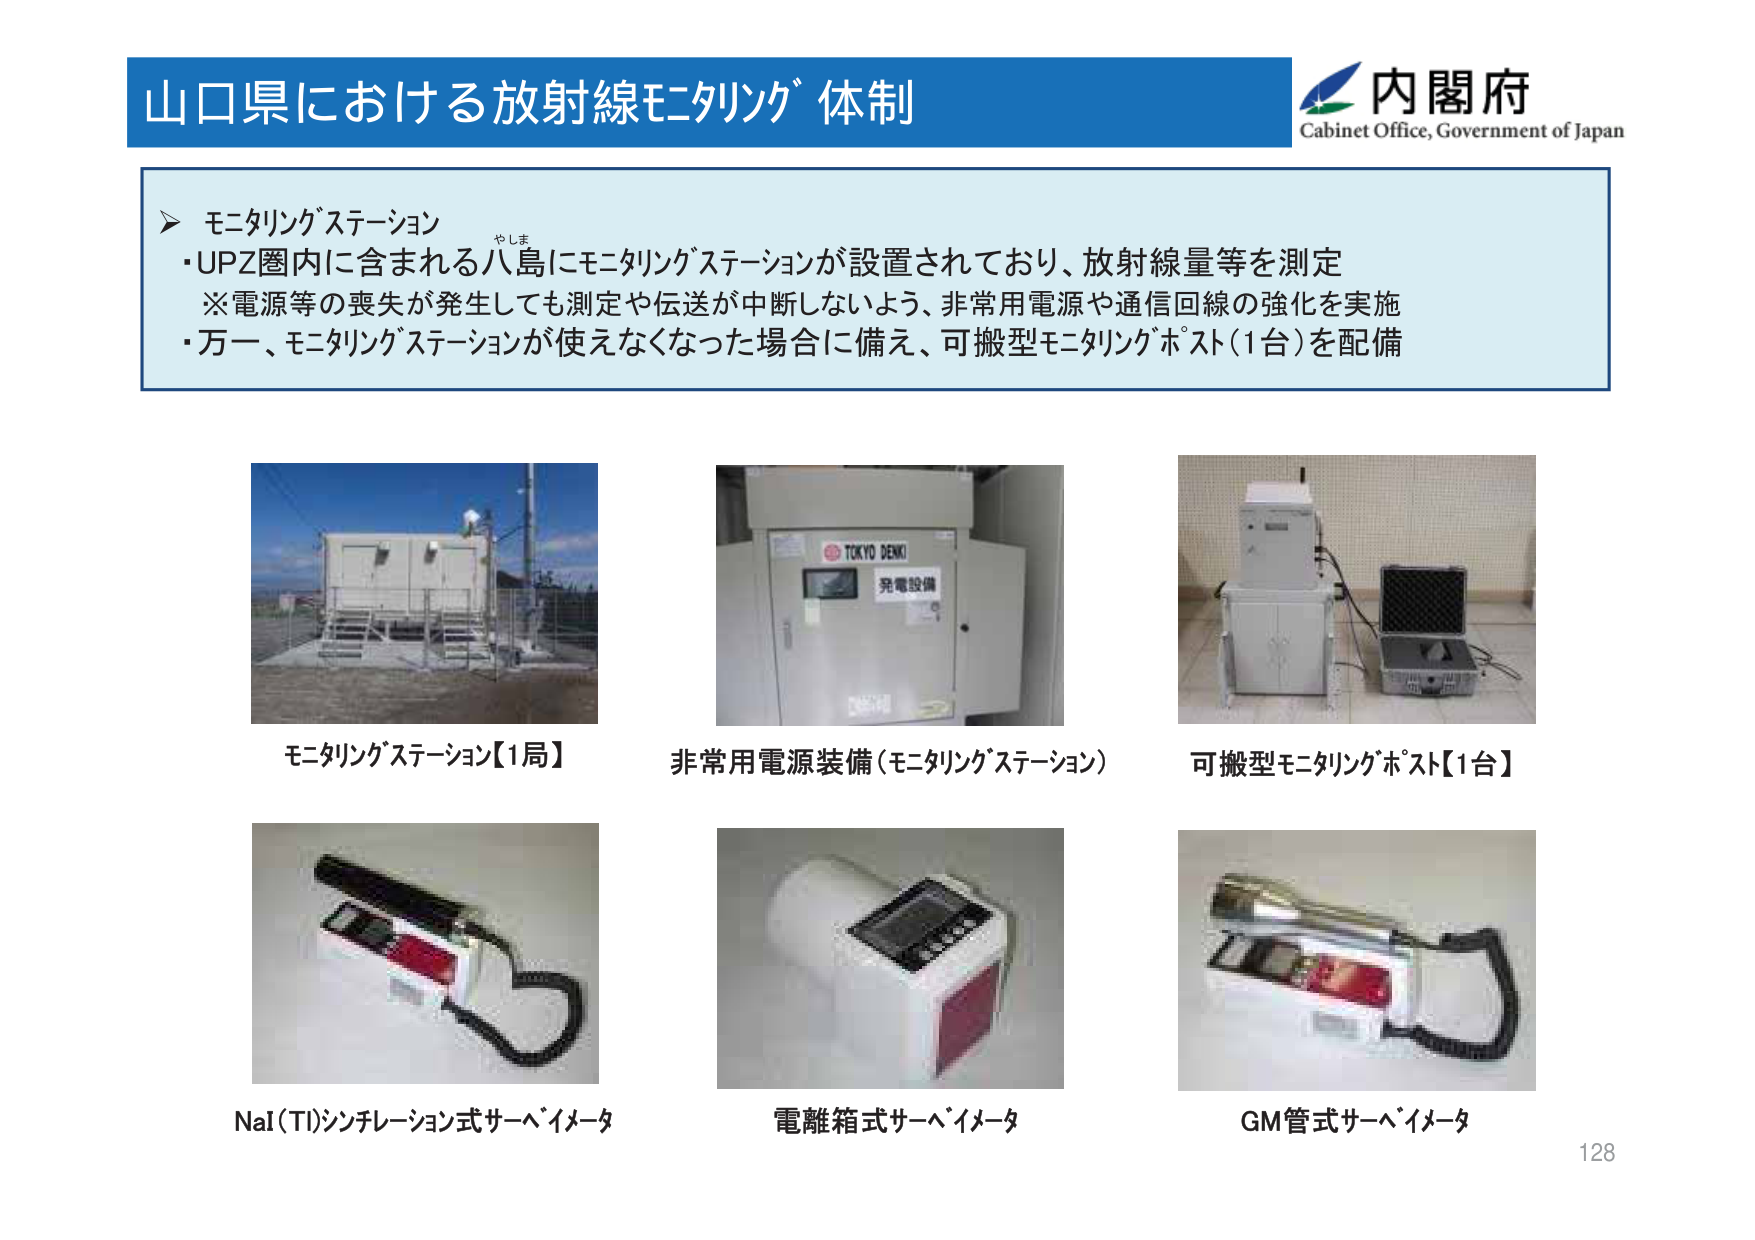
山口県における放射線モニタリング体制

内閣府
Cabinet Office, Government of Japan

▶ モニタリングステーション
・UPZ圏内に含まれる八島にモニタリングステーションが設置されており、放射線量等を測定
※電源等の喪失が発生しても測定や伝送が中断しないよう、非常用電源や通信回線の強化を実施
・万一、モニタリングステーションが使えなくなった場合に備え、可搬型モニタリングポスト（1台）を配備

モニタリングステーション【1局】
非常用電源装備（モニタリングステーション）
可搬型モニタリングポスト【1台】

NaI（Tl）シンチレーション式サーベイメータ
電離箱式サーベイメータ
GM管式サーベイメータ

128